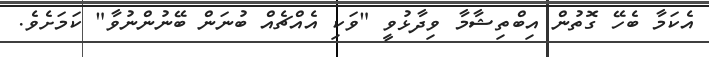
އެކަމާ ބެހޭ ގޮތުން އިބްތިޝާމާ ވިދާޅުވީ "ވަކި އެއްޗެއް ބުނަން ބޭނުންނުވާ" ކަމަށެވެ.